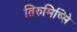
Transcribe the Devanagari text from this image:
तिरुमिष्सिे